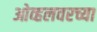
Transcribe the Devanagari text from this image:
ओव्हलवरच्या